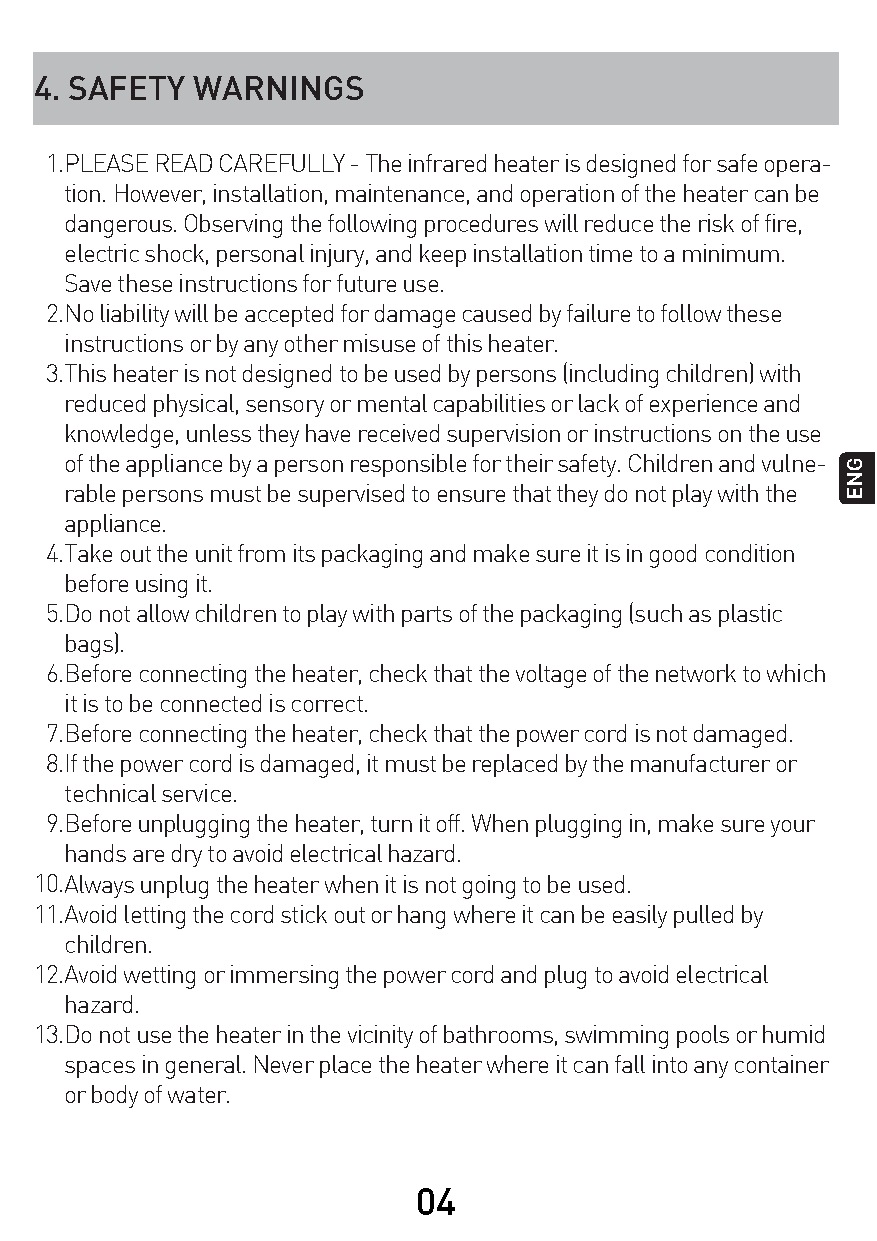
4. SAFETY  WARNINGS
 1.PLEASE READ CAREFULLY - The infrared heater is designed for safe opera-
 tion. However, installation, maintenance, and operation of the heater can be
 dangerous. Observing the following procedures will reduce the risk of fire,
 electric shock, personal injury, and keep installation time to a minimum.
 Save these instructions for future use.
 2.No liability will be accepted for damage caused by failure to follow these
 instructions or by any other misuse of this heater.
 3.This heater is not designed to be used by persons (including children) with
 reduced physical, sensory or mental capabilities or lack of experience and
 knowledge, unless they have received supervision or instructions on the use
 of the appliance by a person responsible for their safety. Children and vulne-
 rable persons must be supervised to ensure that they do not play with the
 appliance.
 4.Take out the unit from its packaging and make sure it is in good condition
 before using it.
 5.Do not allow children to play with parts of the packaging (such as plastic
 bags).
 6.Before connecting the heater, check that the voltage of the network to which
 it is to be connected is correct.
 7.Before connecting the heater, check that the power cord is not damaged.
 8.If the power cord is damaged, it must be replaced by the manufacturer or
 technical service.
 9.Before unplugging the heater, turn it off. When plugging in, make sure your
 hands are dry to avoid electrical hazard.
 10.Always unplug the heater when it is not going to be used.
 11.Avoid letting the cord stick out or hang where it can be easily pulled by
 children.
 12.Avoid wetting or immersing the power cord and plug to avoid electrical
 hazard.
 13.Do not use the heater in the vicinity of bathrooms, swimming pools or humid
 spaces in general. Never place the heater where it can fall into any container
 or body of water.
 04